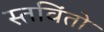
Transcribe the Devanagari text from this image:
स्तविंतो